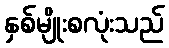
နှစ်မျိုးစလုံးသည်